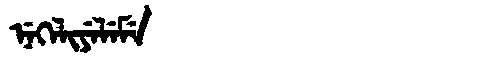
Manchu: ᠨᡝᡴᡝᠯᡳᠶᡝᠯᡝᠮᡝ
Romanization: NEKELIYELEME